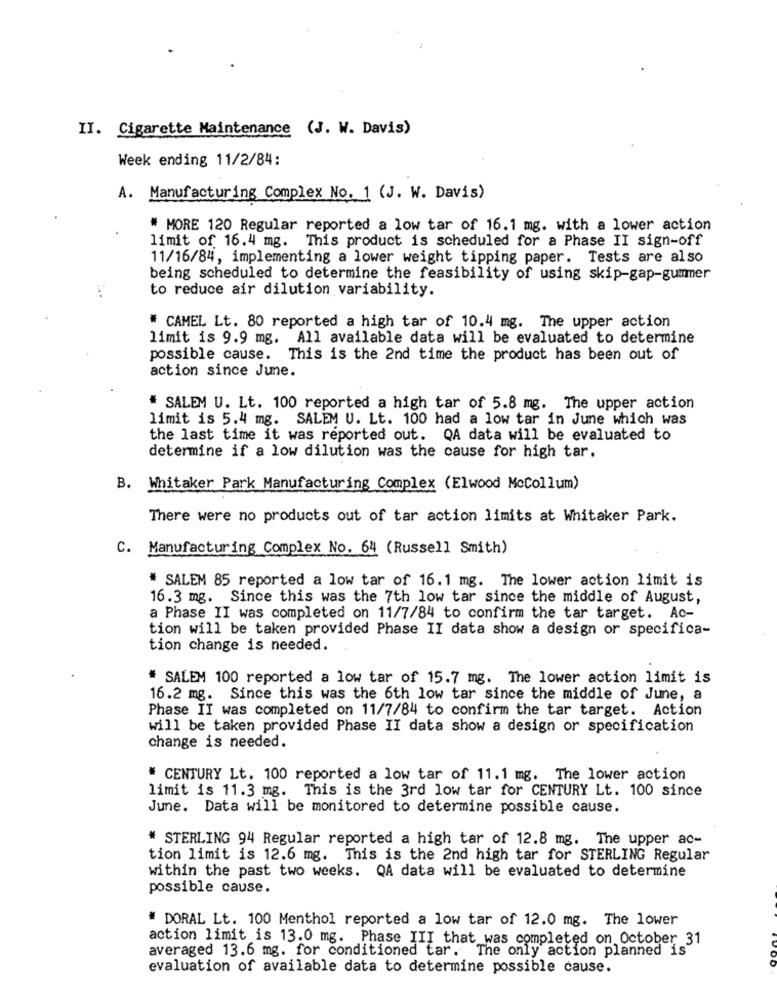
II. Cigarette Maintenance (J. W. Davis)
Week ending 11/2/84:
A. Manufacturing Complex No. 1 (J. W. Davis)
* MORE 120 Regular reported a low tar of 16.1 mg. with a lower action
limit of 16.4 mg. This product is scheduled for a Phase II sign-off
11/16/84, implementing a lower weight tipping paper. Tests are also
being scheduled to determine the feasibility of using skip-gap-gummer
to reduce air dilution variability.
# CAMEL Lt. 80 reported a high tar of 10.4 mg. The upper action
limit is 9.9 mg. All available data will be evaluated to determine
possible cause. This is the 2nd time the product has been out of
action since June.
# SALEM U. Lt. 100 reported a high tar of 5.8 mg. The upper action
limit is 5.4 mg. SALEM U. Lt. 100 had a low tar in June which was
the last time it was reported out. QA data will be evaluated to
determine if a low dilution was the cause for high tar.
B. Whitaker Park Manufacturing Complex (Elwood Mccollum)
There were no products out of tar action limits at Whitaker Park.
C.
Manufacturing Complex No. 64 (Russell Smith)
* SALEM 85 reported a low tar of 16.1 mg. The lower action limit is
16.3 mg. Since this was the 7th low tar since the middle of August,
a Phase II was completed on 11/7/84 to confirm the tar target. Ac-
tion will be taken provided Phase II data show a design or specifica-
tion change is needed.
# SALEM 100 reported a low tar of 15.7 mg. The lower action limit is
16.2 mg. Since this was the 6th low tar since the middle of June, a
Phase II was completed on 11/7/84 to confirm the tar target. Action
will be taken provided Phase II data show a design or specification
change is needed.
# CENTURY Lt. 100 reported a low tar of 11.1 mg. The lower action
limit is 11.3 mg. This is the 3rd low tar for CENTURY Lt. 100 since
June. Data will be monitored to determine possible cause.
* STERLING 94 Regular reported a high tar of 12.8 mg. The upper ac-
tion limit is 12.6 mg. This is the 2nd high tar for STERLING Regular
within the past two weeks. QA data will be evaluated to determine
possible cause.
# DORAL Lt. 100 Menthol reported a low tar of 12.0 mg. The lower
action limit is 13.0 mg. Phase III that was completed on October 31
averaged 13.6 mg. for conditioned tar. The only action planned is
evaluation of available data to determine possible cause.